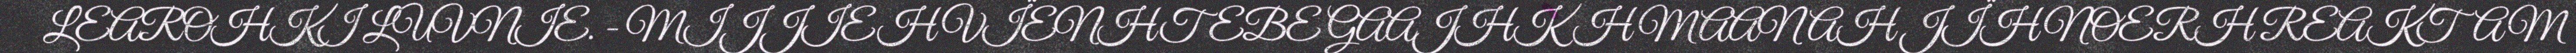
LEAROHKI LUVNIE. - MIJJIEH VÏENHTEBE GAAJHKH MAANAH JÏH NOERH REAKTAM